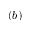
( b )